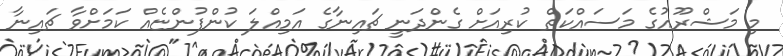
މި މަޝްރޫއުގެ މަސައްކަތް ކުރިއަށް ގެންދަނީ ޗައިނާގެ އަމިއްލަ ކުންފުންޏެއް ކަމަށްވާ ޗައިނާ